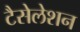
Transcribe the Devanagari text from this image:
टैसेलेशन